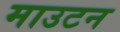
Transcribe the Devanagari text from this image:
माउटन